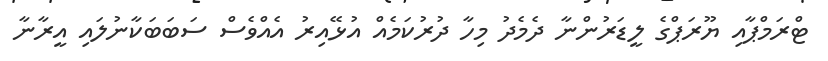
ޓްރަމްޕާއި ޔޫރަޕްގެ ލީޑަރުންނާ ދެމެދު މިހާ ދުރުކަމެއް އުޅޭއިރު އެއްވެސް ސަބަބަކާނުލައި އީރާނާ